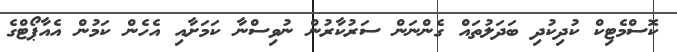
ކޮސްމެޓިކް ކުދިކުދި ބަދަލުތައް ގެންނަން ސަރުކާރުން ނުވިސްނާ ކަމަށާއި އެހެން ކަމުން އެއާޕޯޓްގެ